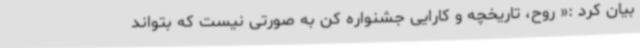
بیان کرد :« روح،‌ تاریخچه و کارایی جشنواره کن به صورتی نیست که بتواند